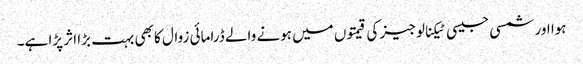
ہوا اور شمسی جیسی ٹیکنالوجیز کی قیمتوں میں ہونے والے ڈرامائی زوال کا بھی بہت بڑا اثر پڑا ہے۔